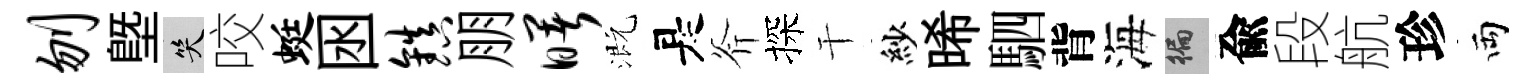
刎塈笑咬蜓囦镇朋曙溉是斧探干紗晞駟背海徧兪段航珍両